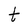
Character: t